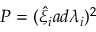
{ \cal P } = ( { \hat { \xi } } _ { i } a d { \lambda } _ { i } ) ^ { 2 }